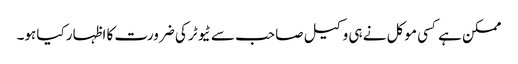
ممکن ہے کسی موکل نے ہی وکیل صاحب سے ٹیوٹر کی ضرورت کا اظہار کیا ہو۔